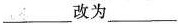
___改为___